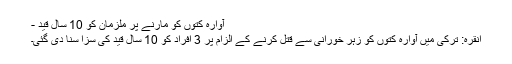
آوارہ کتوں کو مارنے پر ملزمان کو 10 سال قید -
انقرہ: ترکی میں آوارہ کتوں کو زہر خورانی سے قتل کرنے کے الزام پر 3 افراد کو 10 سال قید کی سزا سنا دی گئی۔